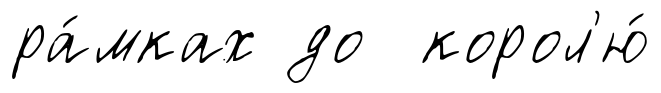
ра́мках до корол'ю́